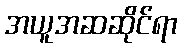
အယူအဆဆိုင်ရာ